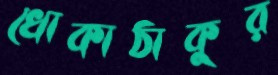
খোকাঠাকুর